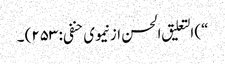
“) التعلیق الحسن از نیموی حنفی: ۲۵۳) ۔